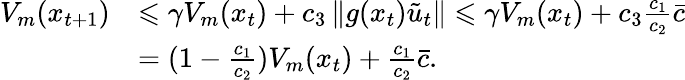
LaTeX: \begin{array}{rl}{V_{m}(x_{t+1})}&{\leqslant\gamma V_{m}(x_{t})+c_{3}\left\| g(x_{t})\tilde{u}_{t}\right\| \leqslant\gamma V_{m}(x_{t})+c_{3}\frac{c_{1}}{c_{2}}\bar{c}}\\ &{=(1-\frac{c_{1}}{c_{2}})V_{m}(x_{t})+\frac{c_{1}}{c_{2}}\bar{c}.}\end{array}